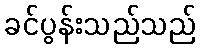
ခင်ပွန်းသည်သည်